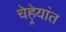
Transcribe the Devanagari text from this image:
चेहेर्‍यांत